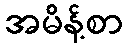
အမိန့်စာ